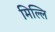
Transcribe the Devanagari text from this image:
मिल्लि